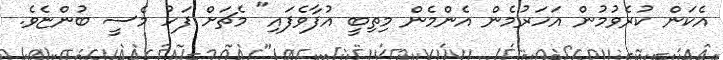
އެކަން ކުރެވުމުން އަހަރުމެން އެންމެން މިތިބީ އުފާވެފައި" މެޗަށް ފަހު މެސީ ބުންޏެވެ.